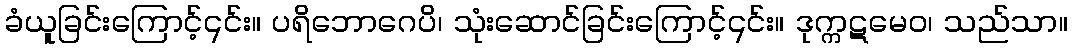
ခံယူခြင်းကြောင့်၎င်း။ ပရိဘောဂေပိ၊ သုံးဆောင်ခြင်းကြောင့်၎င်း။ ဒုက္ကဋမေဝ၊ သည်သာ။